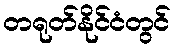
တရုတ်နိုင်ငံတွင်